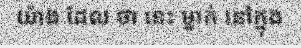
យ៉ាង ដែល ថា នេះ ម្នាក់ នៅក្នុង